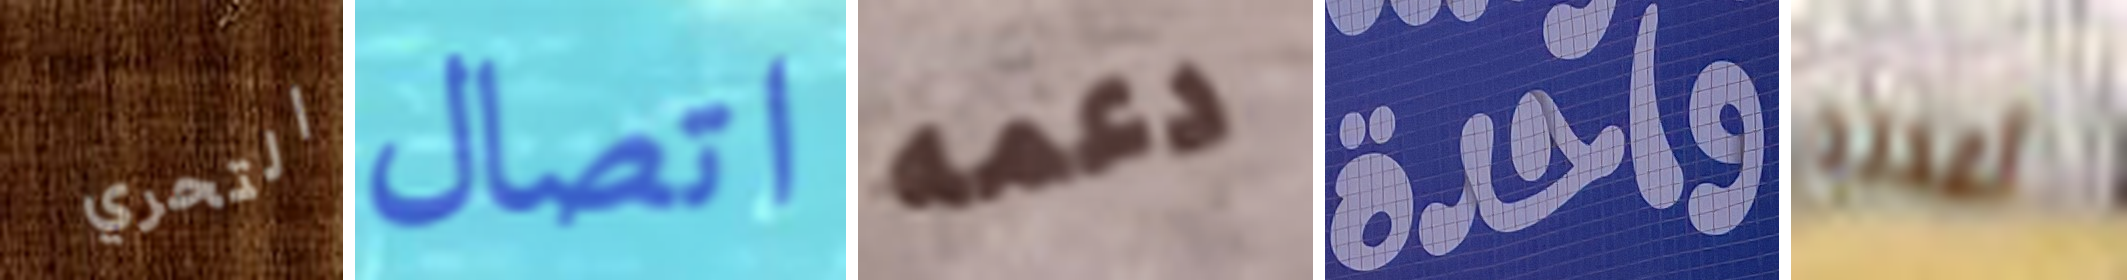
التحري اتصال دعمه واحدة أعدته